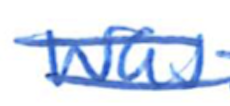
Text: was
Cross-out: double-line
Writing tool: ballpoint